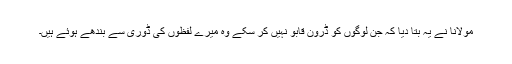
مولانا نے یہ بتا دیا کہ جن لوگوں کو ڈرون قابو نہیں کر سکے وہ میرے لفظوں کی ڈوری سے بندھے ہوئے ہیں۔